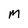
Character: M